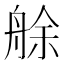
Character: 艅